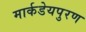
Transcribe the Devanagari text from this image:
मार्कडेयपुरण